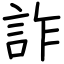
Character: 詐